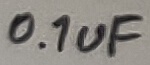
Text: 0.1uF